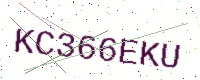
Text: KC366EKU